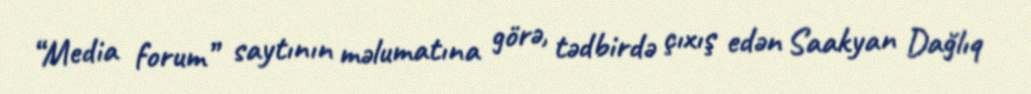
“Media forum” saytının məlumatına görə, tədbirdə çıxış edən Saakyan Dağlıq